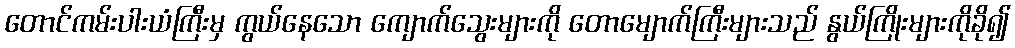
တောင်ကမ်းပါးယံကြီးမှ ကွယ်နေသော ကျောက်သွေးများကို တောမျောက်ကြီးများသည် နွယ်ကြိုးများကိုခို၍